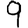
Digit: 9